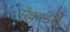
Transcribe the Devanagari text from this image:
सेंकन्‍डरी